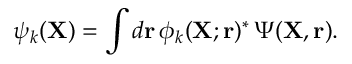
\psi _ { k } ( { \mathbf { X } } ) = \int d { \mathbf { r } } \, \phi _ { k } ( { \mathbf { X } } ; { \mathbf { r } } ) ^ { * } \, \Psi ( { \mathbf { X } } , { \mathbf { r } } ) .